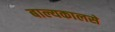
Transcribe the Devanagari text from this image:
बाल्यकालसे